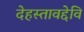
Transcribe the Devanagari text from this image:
देहस्तावद्देवि